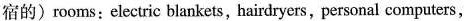
宿的) rooms: electric blankets,hairdryers，personal computers,